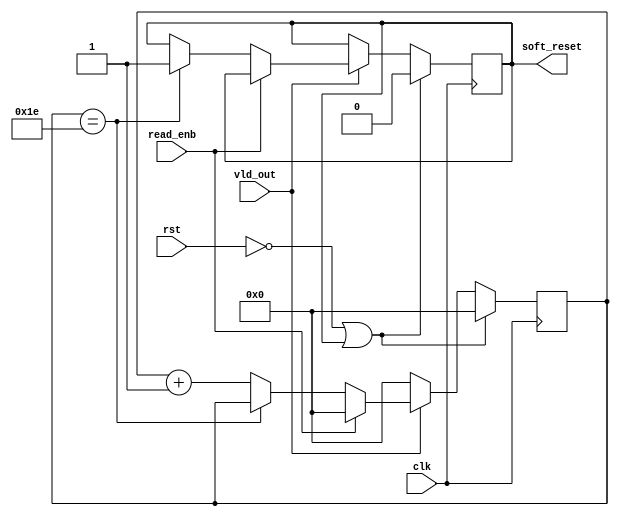
module router_sync_counter(input clk,rst,vld_out,read_enb,
						   output reg soft_reset);
	reg[4:0] count;
	always@(posedge clk)
	begin
		if(!rst || soft_reset){count,soft_reset} <= 0;
		else if(vld_out)
		begin
			if(read_enb!=1) 
			begin
				if(count == 5'd30) soft_reset <= 1;
				else count <= count + 1'd1;
			end
			else count <= 0;
		end
		else count <= 0;
	end
endmodule